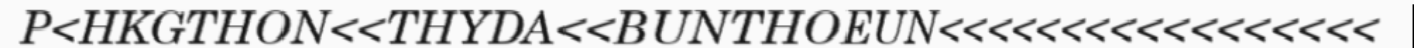
P<HKGTHON<<THYDA<<BUNTHOEUN<<<<<<<<<<<<<<<<<